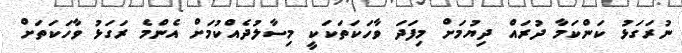
ނުރަގަޅު ކަންކަމާ ދުރައް ދިޔުމަށް މިފަދަ ވާހަކަތަކަކީ މިސާލުދެއްކުމަށް އެންމެ ރަގަޅު ވާހަކަތަށް